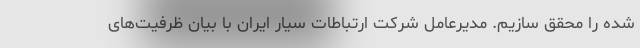
شده را محقق سازیم. مدیرعامل شرکت ارتباطات سیار ایران با بیان ظرفیت‌های